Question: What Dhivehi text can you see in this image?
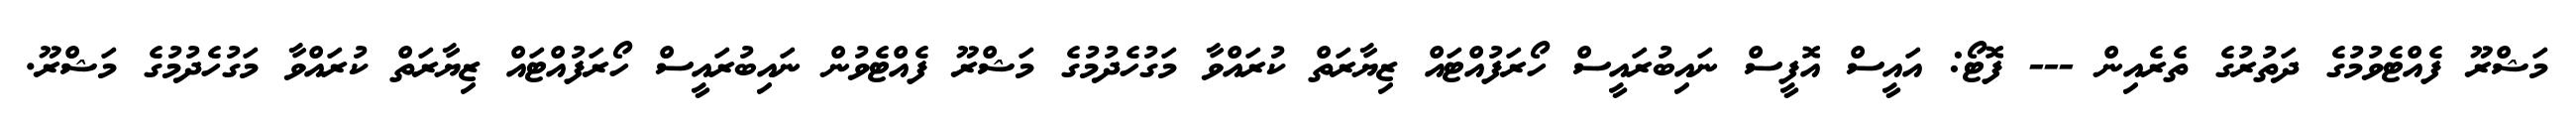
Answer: މަޝްރޫ ފެއްޓެވުމުގެ ދަތުރުގެ ތެރެއިން --- ފޮޓޯ: އައީސް އޮފީސް ނައިބުރައީސް ހޯރަފުއްޓައް ޒިޔާރަތް ކުރައްވާ މަގުހެދުމުގެ މަޝްރޫ ފެއްޓެވުން ނައިބުރައީސް ހޯރަފުއްޓައް ޒިޔާރަތް ކުރައްވާ މަގުހެދުމުގެ މަޝްރޫ.